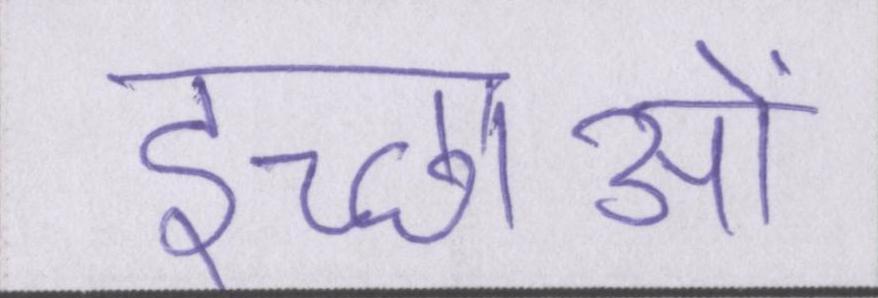
इच्छाओं